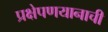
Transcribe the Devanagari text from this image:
प्रक्षेपणयानाची